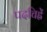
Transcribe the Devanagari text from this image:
पदचिह्नें